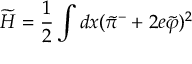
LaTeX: \widetilde H = \frac { 1 } { 2 } \int d x ( \widetilde \pi ^ { - } + 2 e \widetilde \varphi ) ^ { 2 }